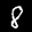
Label: 8